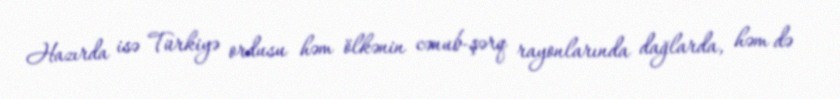
Hazırda isə Türkiyə ordusu həm ölkənin cənub-şərq rayonlarında dağlarda, həm də